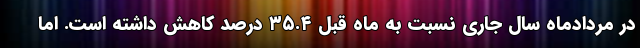
در مردادماه سال جاری نسبت به ماه قبل ۳۵.۴ درصد کاهش داشته است. اما